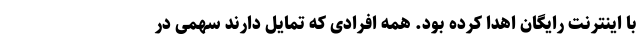
با اینترنت رایگان اهدا کرده بود. همه افرادی که تمایل دارند سهمی در